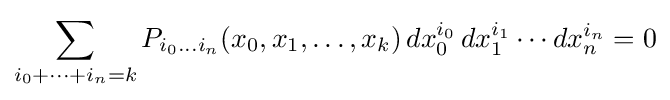
\sum _{i_{0}+\cdots +i_{n}=k}P_{i_{0}\dots i_{n}}(x_{0},x_{1},\dots ,x_{k})\,dx_{0}^{i_{0}}\,dx_{1}^{i_{1}}\cdots dx_{n}^{i_{n}}=0